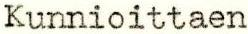
Kunnioittaen